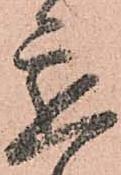
懇